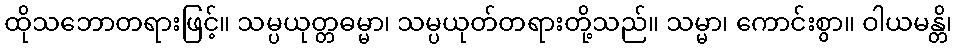
ထိုသဘောတရားဖြင့်။ သမ္ပယုတ္တဓမ္မာ၊ သမ္ပယုတ်တရားတို့သည်။ သမ္မာ၊ ကောင်းစွာ။ ဝါယမန္တိ၊